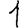
Digit: 1